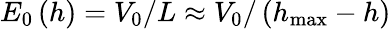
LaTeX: E_{0}\left(h\right)=V_{0}/L\approx V_{0}/\left(h_{\operatorname*{max}}-h\right)